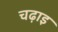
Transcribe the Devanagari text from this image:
चढ़ाइ